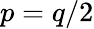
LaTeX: p=q/2